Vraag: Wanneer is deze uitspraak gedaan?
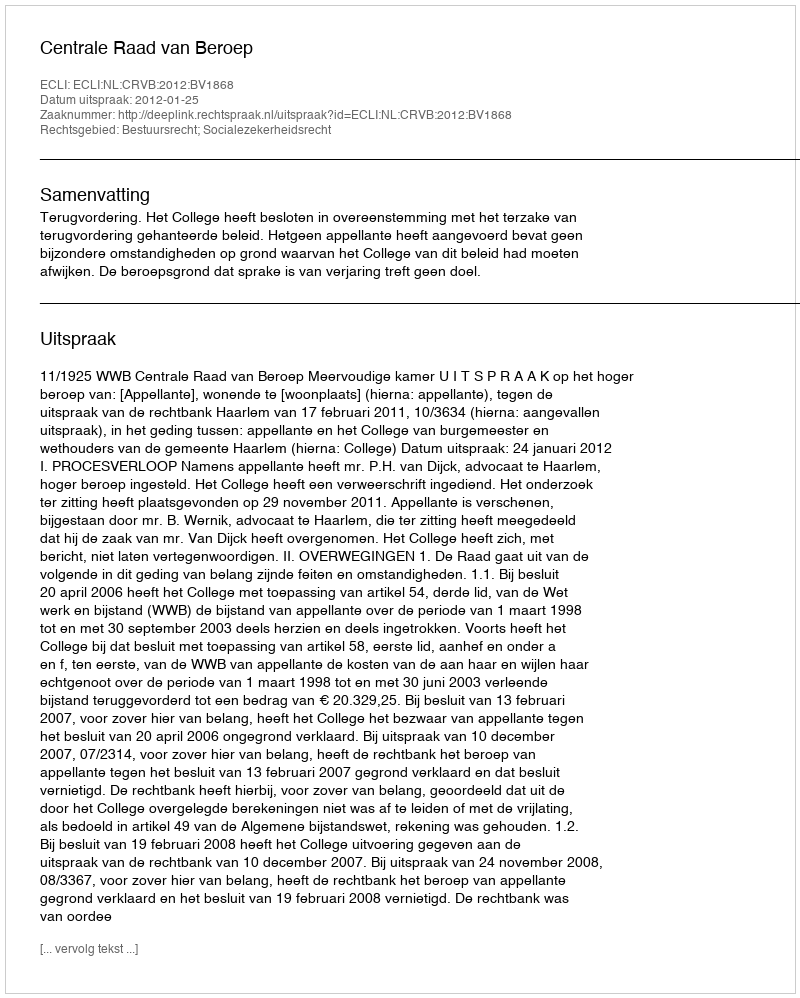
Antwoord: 2012-01-25